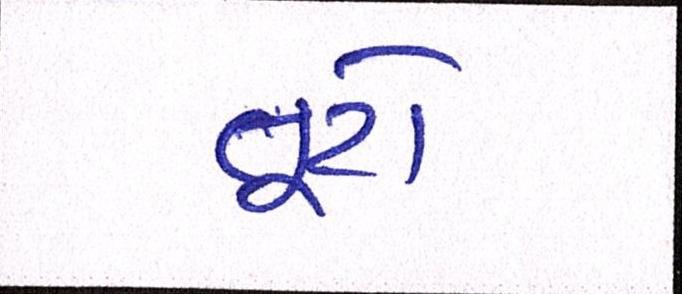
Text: તૂટો